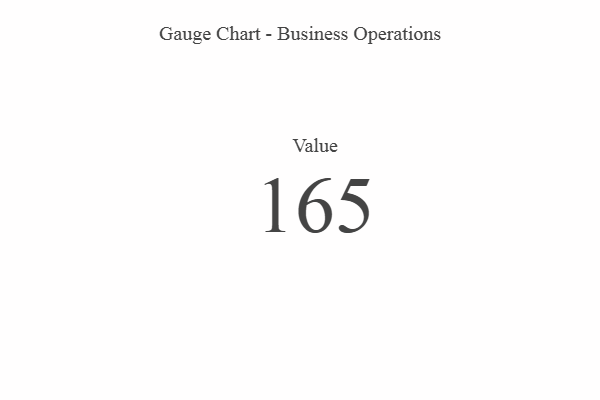
{"axis": {"x": "Metric", "y": "Value"}, "legend": [""], "data": [{"x": "Value", "y": 165, "type": ""}]}